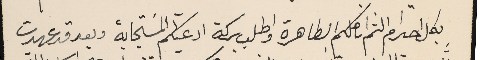
بكل احترام الثم اناملكم الطاهرة واطلب بركة ادعيتكم المسَتجابة وبعد قد عهدت